Lunatic asylums United Provinces 1899-1908 - 1899-1908
Year: 1899
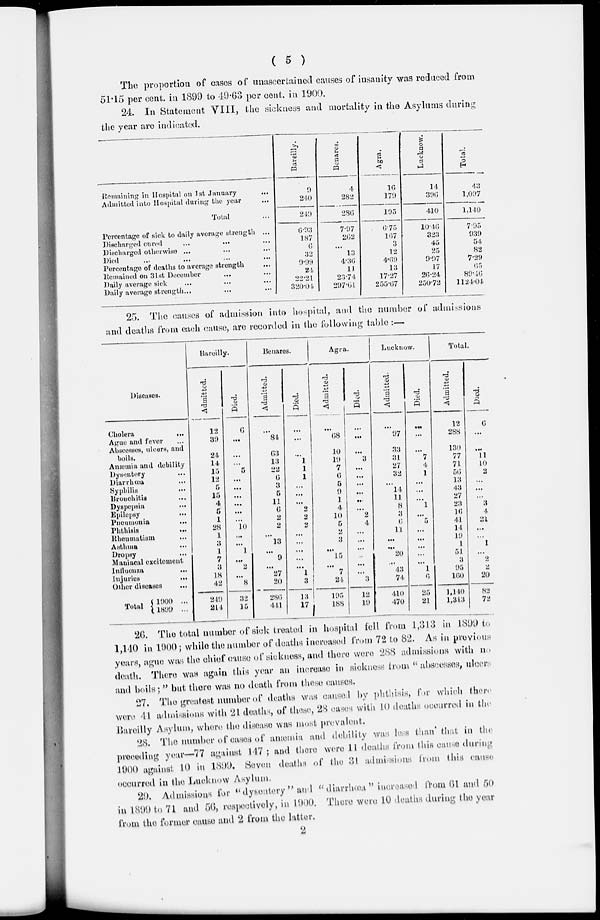
( 5 )
The proportion of cases of unascertained causes of insanity was reduced from
51.15 per cent. in 1899 to 49.63 per cent. in 1900.
24. In Statement VIII, the sickness and mortality in the Asylums during
the year are indicated.
Remaining in Hospital on 1st January ...
Admitted into Hospital during the year
...
Total ...
Percentage of sick to daily average strength ...
Discharged cured ... ... ...
Discharged otherwise ... ... ...
Died ... ... ... ...
Percentage of deaths to average strength ...
Remained on 31st December ... ...
Daily average sick ... ... ...
Daily average strength ... ... ...
Bareilly.
9
240
249
6.93
187
6
32
9.99
24
22.21
320.04
Benares.
4
282
286
7.97
262
...
13
4.36
11
23.74
297.61
Agra.
16
179
195
6.75
167
3
12
4.69
13
17.27
255.67
Lucknow.
14
396
410
10.46
323
45
25
9.97
17
26.24
250.72
Total.
43
1,097
1,140
7.95
939
54
82
7.29
65
89.46
1124.04
25. The causes of admission into hospital, and the number of admissions
and deaths from each cause, are recorded in the following table :—
Diseases.
Cholera
...
Ague and fever ...
Abseesses, alcers, and
boils.
Anæmia and debility
Dysentery ...
Diarrhœa ...
Syphilis
...
Bronchitis ...
Dyspepsia ...
Epilepsy ...
Pneumonia ...
Phthisis
...
Rheumatism ...
Asthma ...
Dropsy ...
Maniacal excitement
Influenza
...
Injuries
...
Other diseases ...
Total
1900 ...
1899
...
Bareilly.
Admitted.
12
30
24
14
15
12
5
15
4
5
1
28
1
3
1
7
3
18
42
249
214
Died.
6
...
...
...
5
...
...
...
...
...
...
10
...
...
1
...
2
...
8
32
15
Benares.
Admitted.
...
84
63
13
22
6
3
5
11
6
2
2
...
13
...
9
...
27
20
286
441
Died.
...
...
...
1
1
1
...
...
...
2
2
2
...
...
...
...
...
1
3
13
17
Agra.
Admitted.
...
68
10
19
7
6
5
9
1
4
10
5
2
3
...
15
...
7
24
195
188
Died.
...
...
...
3
...
...
...
...
...
...
2
4
...
...
...
...
...
...
3
12
19
Lucknow.
Admitted.
...
97
33
31
27
32
...
14
11
8
3
6
11
...
...
20
...
43
74
410
470
Died.
...
...
...
7
4
1
...
...
...
1
...
5
...
...
...
...
...
1
6
25
21
Total.
Admitted.
12
288
130
77
71
56
13
43
27
23
16
41
14
19
1
51
3
95
160
1,140
1,313
Died.
6
...
...
11
10
2
...
...
...
3
4
21
...
...
1
...
2
2
20
82
72
26. The total number of sick treated in hospital fell from l,313 in 1899 to
1,140 in 1900; while the number of deaths increased from 72 to 82. As in previous
years, ague was the chief cause of sickness, and there were 288 admissions with no
death. There was again this year an increase in sickness from " abscesses, ulcers
and boils; " but there was no death from these causes.
27. The greatest number of deaths was causal by phthisis, for which there
were 41 admissions with 21 deaths, of these, 28 cases with 10 deaths occurred in the
Bareilly Asylum, where the disease was most prevalent.
28. The number of cases of anæmia and debility was less than that in the
preceding year—77 against 147; and there were 11 deaths from this cause during
1900 against 10 in 1899. Seven deaths of the 31 admissions from this cause
occurred in the Lucknow Asylam.
29. Admissions for " dysentery " and " diarrhæa " increased from 61 and 50
in 1899 to 71 and 56, respectively, in 1900. There were 10 deaths during the year
from the former cause and 2 from the latter.
2